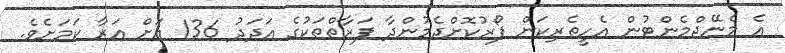
އެ މެނޭޖްމެންޓުން އެހީތެރިކަން ފޯރުކޮށްދެމުންދާ ފަރާތްތަކުގެ އަދަދު 136 އަށް އަރާ ކަމަށެވެ.